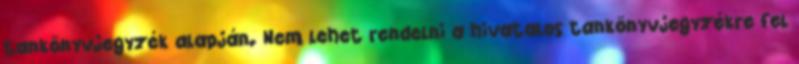
tankönyvjegyzék alapján. Nem lehet rendelni a hivatalos tankönyvjegyzékre fel